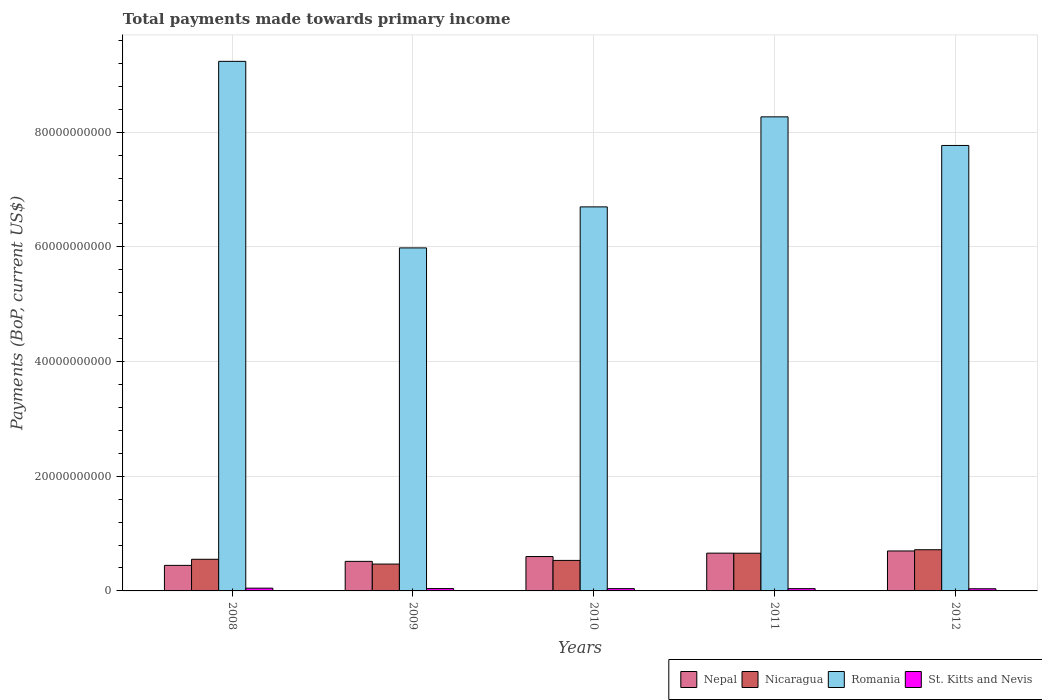
| Years | Nepal | Nicaragua | Romania | St. Kitts and Nevis |
 | --- | --- | --- | --- | --- |
 | 2008 | 4.46e+09 | 5.52e+09 | 9.23e+10 | 4.81e+08 |
 | 2009 | 5.15e+09 | 4.68e+09 | 5.98e+10 | 4.11e+08 |
 | 2010 | 5.99e+09 | 5.32e+09 | 6.7e+10 | 4.01e+08 |
 | 2011 | 6.59e+09 | 6.58e+09 | 8.27e+10 | 3.98e+08 |
 | 2012 | 6.97e+09 | 7.18e+09 | 7.77e+10 | 3.76e+08 |